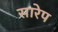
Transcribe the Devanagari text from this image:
सारेप